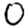
Digit: 0